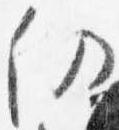
仍